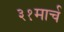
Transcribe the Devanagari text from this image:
३१मार्च